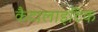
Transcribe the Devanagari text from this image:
कैटालाइटिक